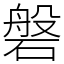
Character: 磐